Indian journal of veterinary science and animal husbandry - Volume 11,
Year: 1941
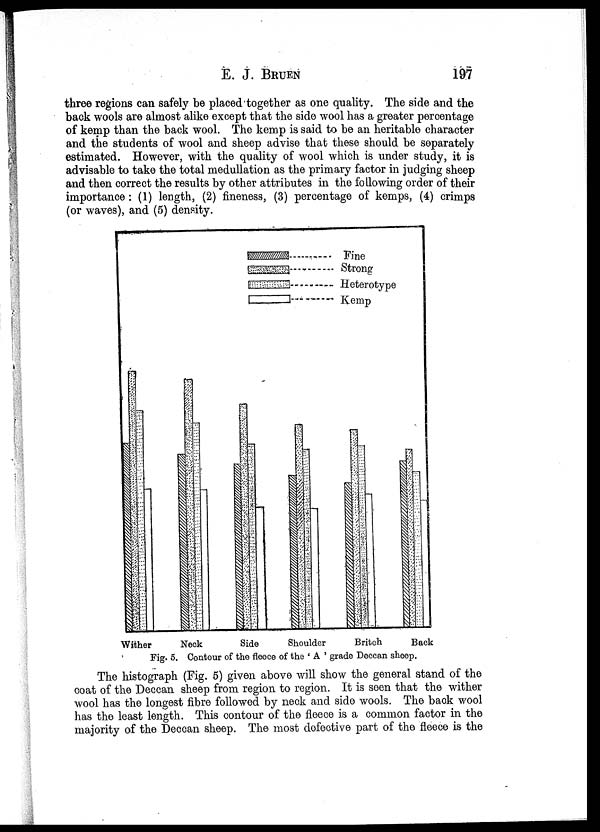
E. J. BRUEN 197
three regions can safely be placed together as one quality. The side and the
back wools are almost alike except that the side wool has a greater percentage
of kemp than the back wool. The kemp is said to be an heritable character
and the students of wool and sheep advise that these should be separately
estimated. However, with the quality of wool which is under study, it is
advisable to take the total medullation as the primary factor in judging sheep
and then correct the results by other attributes in the following order of their
importance: (1) length, (2) fineness, (3) percentage of kemps, (4) crimps
(or waves), and (5) density.
Fig. 5. Contour of the fleece of the ' A ' grade Deccan sheep.
The histograph (Fig. 5) given above will show the general stand of the
coat of the Deccan sheep from region to region. It is seen that the wither
wool has the longest fibre followed by neck and side wools. The back wool
has the least length. This contour of the fleece is a common factor in the
majority of the Deccan sheep. The most defective part of the fleece is the